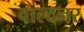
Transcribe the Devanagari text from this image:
वाल्दनर